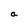
Character: a